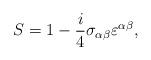
LaTeX: \begin{align*}S=1-\frac{i}{4}\sigma_{\alpha\beta}\varepsilon^{\alpha\beta},\end{align*}